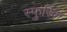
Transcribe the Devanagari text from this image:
स्फुरिक